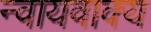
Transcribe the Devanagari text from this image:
न्वायवाक्य